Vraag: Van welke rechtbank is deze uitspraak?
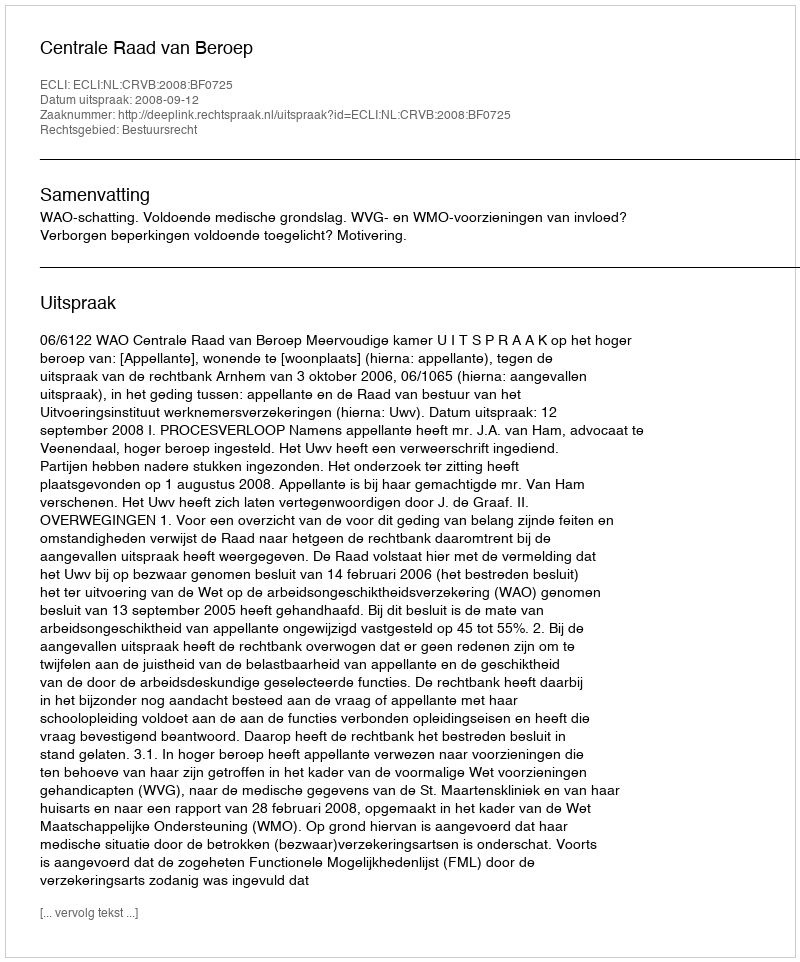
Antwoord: Centrale Raad van Beroep